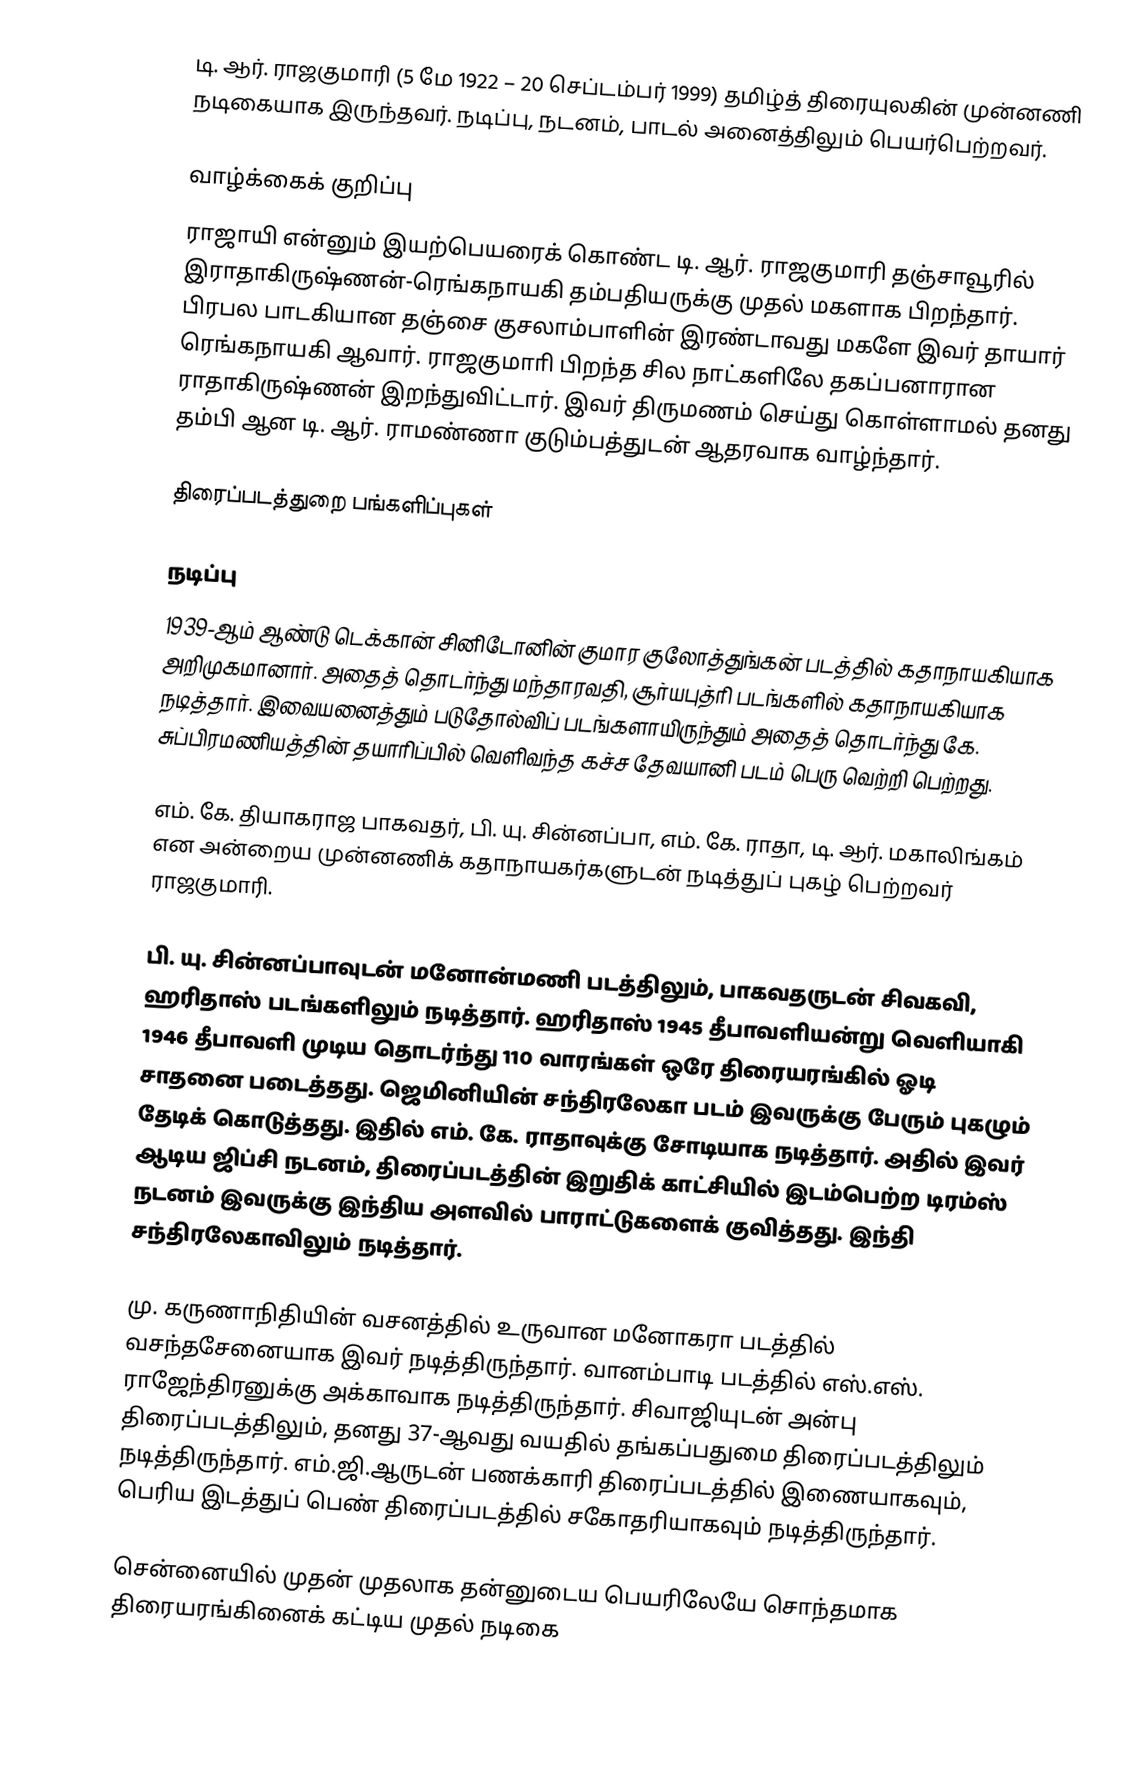
டி. ஆர். ராஜகுமாரி (5 மே 1922 – 20 செப்டம்பர் 1999) தமிழ்த் திரையுலகின் முன்னணி நடிகையாக இருந்தவர். நடிப்பு, நடனம், பாடல் அனைத்திலும் பெயர்பெற்றவர்.

வாழ்க்கைக் குறிப்பு
ராஜாயி என்னும் இயற்பெயரைக் கொண்ட டி. ஆர். ராஜகுமாரி தஞ்சாவூரில் இராதாகிருஷ்ணன்-ரெங்கநாயகி தம்பதியருக்கு முதல் மகளாக பிறந்தார். பிரபல பாடகியான தஞ்சை குசலாம்பாளின் இரண்டாவது மகளே இவர் தாயார் ரெங்கநாயகி ஆவார்.  ராஜகுமாாி பிறந்த சில நாட்களிலே தகப்பனாரான ராதாகிருஷ்ணன் இறந்துவிட்டார். இவர் திருமணம் செய்து கொள்ளாமல் தனது தம்பி ஆன டி. ஆர். ராமண்ணா குடும்பத்துடன் ஆதரவாக வாழ்ந்தார்.

திரைப்படத்துறை பங்களிப்புகள்

நடிப்பு
1939-ஆம் ஆண்டு டெக்கான் சினிடோனின் குமார குலோத்துங்கன் படத்தில் கதாநாயகியாக அறிமுகமானார். அதைத் தொடர்ந்து மந்தாரவதி, சூர்யபுத்ரி படங்களில் கதாநாயகியாக நடித்தார். இவையனைத்தும் படுதோல்விப் படங்களாயிருந்தும் அதைத் தொடர்ந்து கே. சுப்பிரமணியத்தின் தயாரிப்பில் வெளிவந்த கச்ச தேவயானி படம் பெரு வெற்றி பெற்றது.

எம். கே. தியாகராஜ பாகவதர், பி. யு. சின்னப்பா, எம். கே. ராதா, டி. ஆர். மகாலிங்கம் என அன்றைய முன்னணிக் கதாநாயகர்களுடன் நடித்துப் புகழ் பெற்றவர் ராஜகுமாரி.

பி. யு. சின்னப்பாவுடன் மனோன்மணி படத்திலும், பாகவதருடன் சிவகவி, ஹரிதாஸ் படங்களிலும் நடித்தார். ஹரிதாஸ் 1945 தீபாவளியன்று வெளியாகி 1946 தீபாவளி முடிய தொடர்ந்து 110 வாரங்கள் ஒரே திரையரங்கில் ஓடி சாதனை படைத்தது. ஜெமினியின் சந்திரலேகா படம் இவருக்கு பேரும் புகழும் தேடிக் கொடுத்தது. இதில் எம். கே. ராதாவுக்கு சோடியாக நடித்தார். அதில் இவர் ஆடிய ஜிப்சி நடனம், திரைப்படத்தின் இறுதிக் காட்சியில் இடம்பெற்ற டிரம்ஸ் நடனம் இவருக்கு இந்திய அளவில் பாராட்டுகளைக் குவித்தது. இந்தி சந்திரலேகாவிலும் நடித்தார்.

மு. கருணாநிதியின் வசனத்தில் உருவான மனோகரா படத்தில் வசந்தசேனையாக இவர் நடித்திருந்தார். வானம்பாடி படத்தில் எஸ்.எஸ். ராஜேந்திரனுக்கு அக்காவாக நடித்திருந்தார். சிவாஜியுடன் அன்பு திரைப்படத்திலும்,  தனது 37-ஆவது வயதில் தங்கப்பதுமை திரைப்படத்திலும் நடித்திருந்தார். எம்.ஜி.ஆருடன் பணக்காரி திரைப்படத்தில் இணையாகவும், பெரிய இடத்துப் பெண் திரைப்படத்தில் சகோதரியாகவும் நடித்திருந்தார்.

சென்னையில் முதன் முதலாக தன்னுடைய பெயரிலேயே சொந்தமாக திரையரங்கினைக் கட்டிய முதல் நடிகை